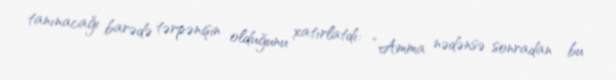
tanınacağı barədə tərpənişin olduğunu xatırlatdı: “Amma nədənsə sonradan bu